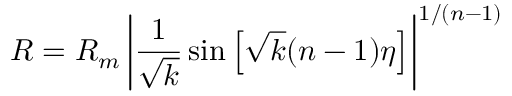
R = R _ { m } \left| \frac 1 { \sqrt { k } } \sin \left[ \sqrt { k } ( n - 1 ) \eta \right] \right| ^ { 1 / ( n - 1 ) }